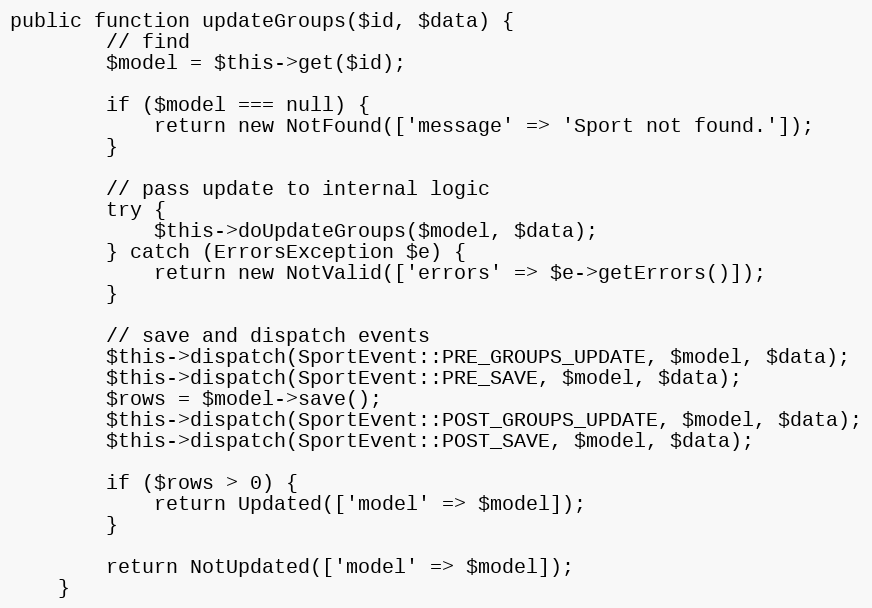
Language: PHP
public function updateGroups($id, $data) {
		// find
		$model = $this->get($id);

		if ($model === null) {
			return new NotFound(['message' => 'Sport not found.']);
		}

		// pass update to internal logic
		try {
			$this->doUpdateGroups($model, $data);
		} catch (ErrorsException $e) {
			return new NotValid(['errors' => $e->getErrors()]);
		}

		// save and dispatch events
		$this->dispatch(SportEvent::PRE_GROUPS_UPDATE, $model, $data);
		$this->dispatch(SportEvent::PRE_SAVE, $model, $data);
		$rows = $model->save();
		$this->dispatch(SportEvent::POST_GROUPS_UPDATE, $model, $data);
		$this->dispatch(SportEvent::POST_SAVE, $model, $data);

		if ($rows > 0) {
			return Updated(['model' => $model]);
		}

		return NotUpdated(['model' => $model]);
	}